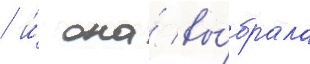
/ и́ она́ вы́брала